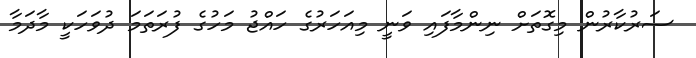
ސަރުކާރުން މިގޮތަށް ނިންމާފައި ވަނީ މިއަހަރުގެ ހައްޖު މަހުގެ ފުރަތަމަ ދުވަހަކީ މާދަމާ